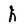
Character: h